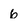
Character: 6